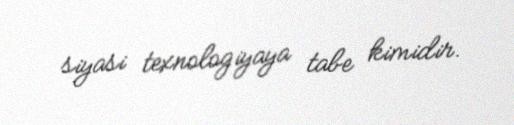
siyasi texnologiyaya tabe kimidir.